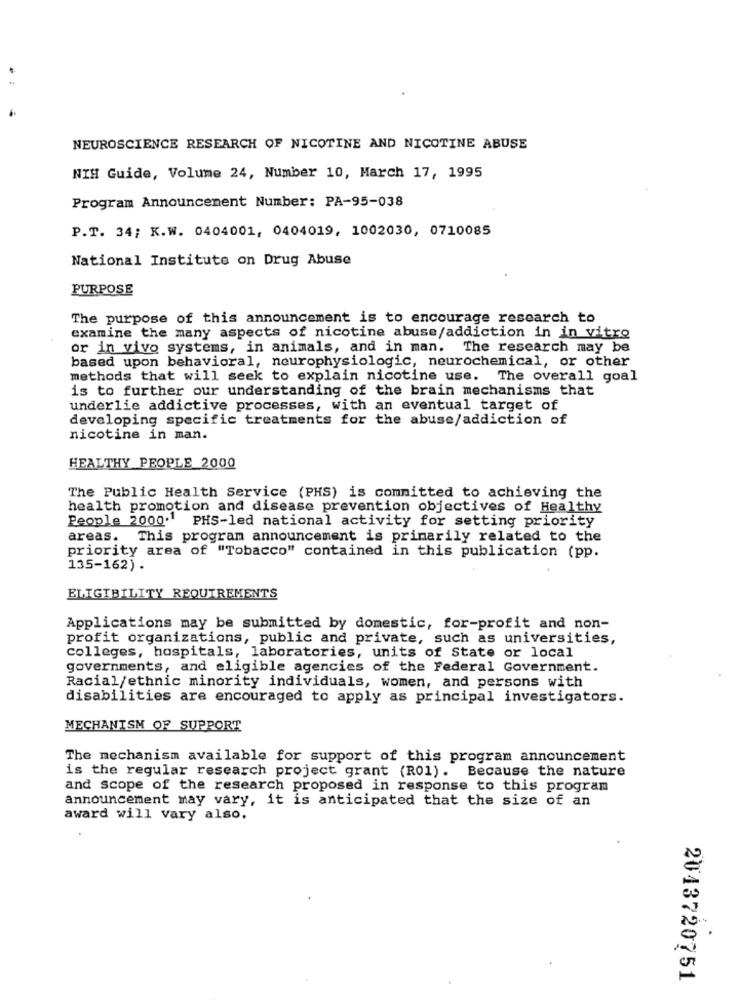
NEUROSCIENCE RESEARCH OF NICOTINE AND NICOTINE ABUSE
NIH Guide, Volume 24, Number 10, March 17, 1995
Program Announcement Number: PA-95-038
P.T. 34; K.W. 0404001, 0404019, 1002030, 0710085
National Institute on Drug Abuse
PURPOSE
The purpose of this announcement is to encourage research to
examine the many aspects of nicotine abuse/addiction in in vitro
or in vivo systems, in animals, and in man. The research may be
based upon behavioral, neurophysiologic, neurochemical, or other
methods that will seek to explain nicotine use. The overall goal
is to further our understanding of the brain mechanisms that
underlie addictive processes, with an eventual target of
developing specific treatments for the abuse/addiction of
nicotine in man.
HEALTHY PEOPLE 2000
The Public Health Service (PHS) is committed to achieving the
health promotion and disease prevention objectives of Healthy
People 2000. PHS-led national activity for setting priority
areas.
This program announcement is primarily related to the
priority area of "Tobacco" contained in this publication (pp.
135-162).
ELIGIBILITY REQUIREMENTS
Applications may be submitted by domestic, for-profit and non-
profit organizations, public and private, such as universities,
colleges, hospitals, laboratories, units of State or local
governments, and eligible agencies of the Federal Government.
Racial/ethnic minority individuals, women, and persons with
disabilities are encouraged to apply as principal investigators.
MECHANISM OF SUPPORT
The mechanism available for support of this program announcement
is the regular research project grant (R01). Because the nature
and scope of the research proposed in response to this program
announcement may vary, it is anticipated that the size of an
award will vary also.
2043720751